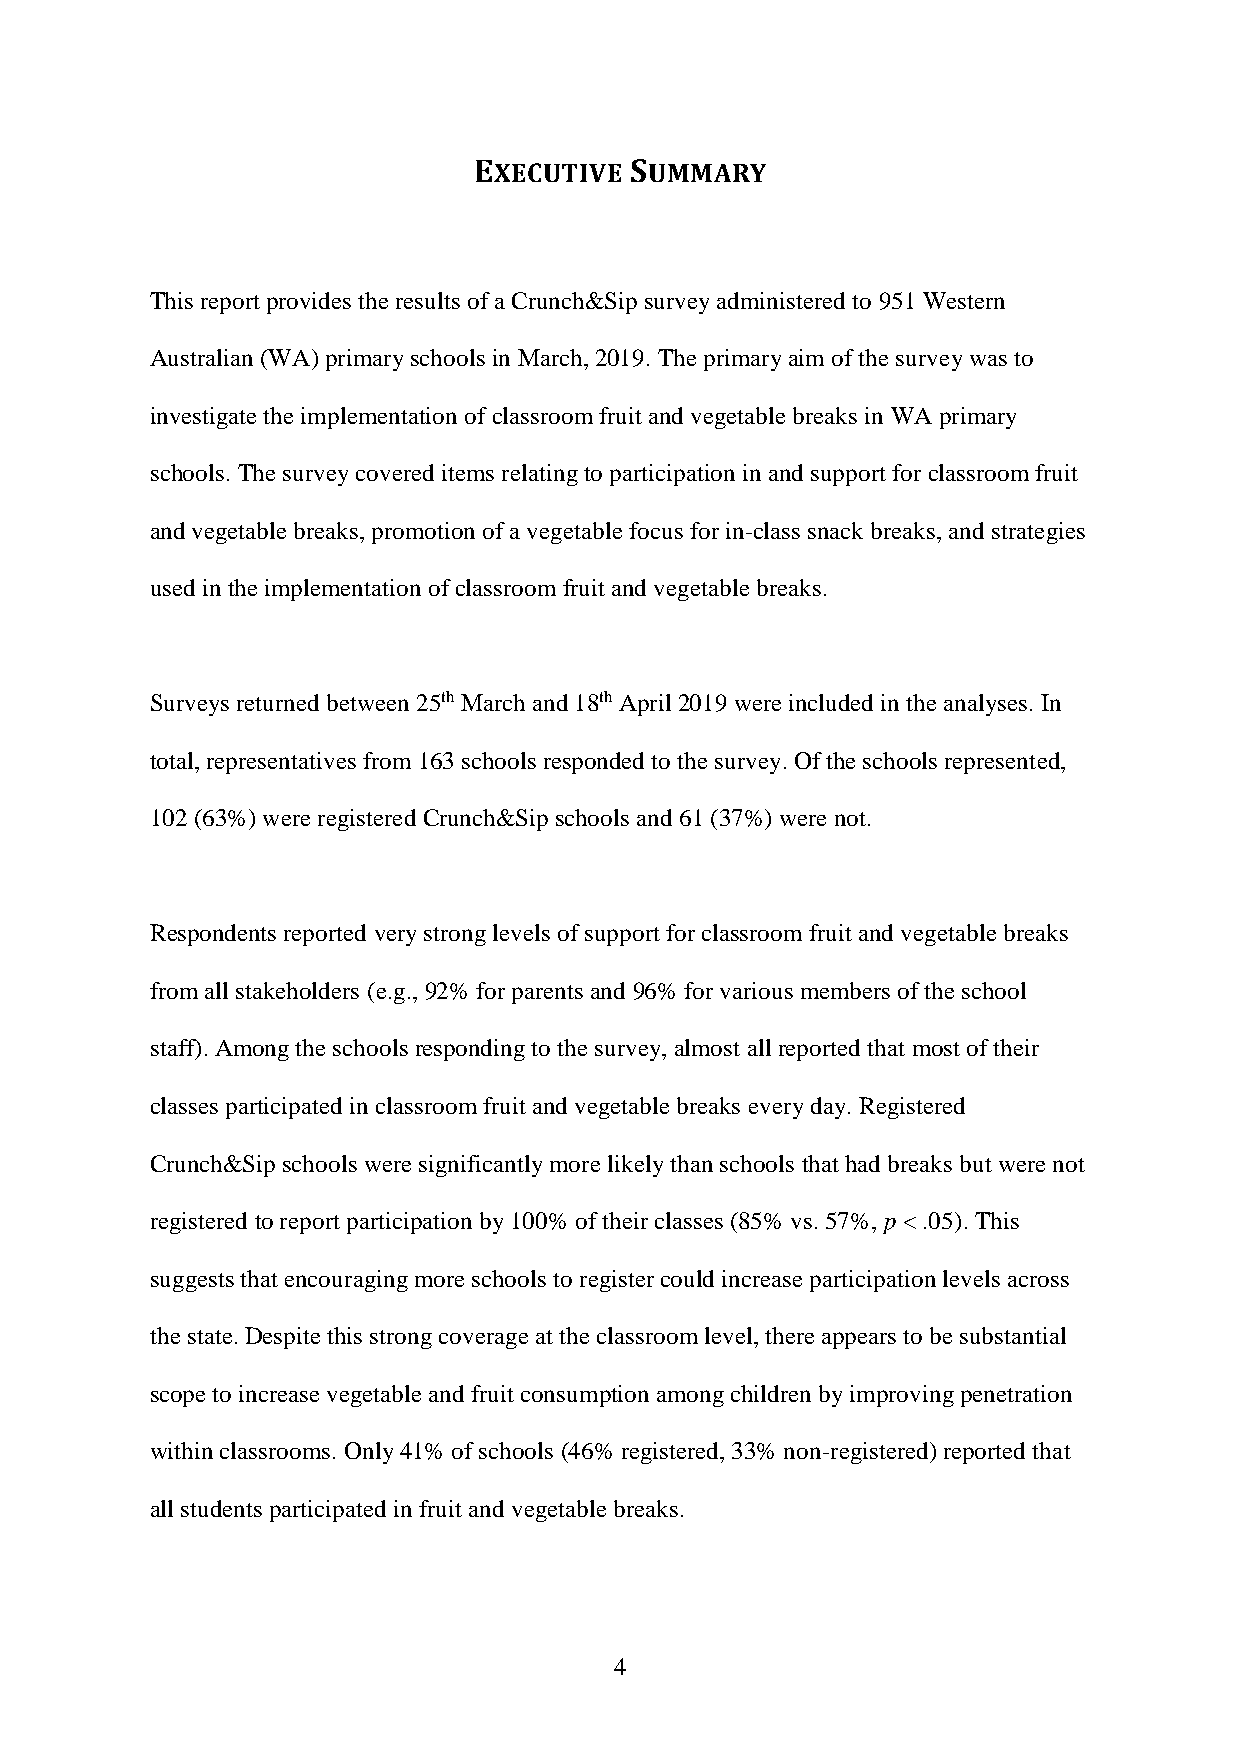
EXECUTIVE  SUMMARY
 This report provides the results of a Crunch&Sip survey administered to 951 Western
 Australian (WA) primary schools in March, 2019. The primary aim of the survey was to
 investigate the implementation of classroom fruit and vegetable breaks in WA primary
 schools. The survey covered items relating to participation in and support for classroom fruit
 and vegetable breaks, promotion of a vegetable focus for in-class snack breaks, and strategies
 used in the implementation of classroom fruit and vegetable breaks.
 Surveys returned between 25th March and 18th April 2019 were included in the analyses. In
 total, representatives from 163 schools responded to the survey. Of the schools represented,
 102 (63%) were registered Crunch&Sip schools and 61 (37%) were not.
 Respondents reported very strong levels of support for classroom fruit and vegetable breaks
 from all stakeholders (e.g., 92% for parents and 96% for various members of the school
 staff). Among the schools responding to the survey, almost all reported that most of their
 classes participated in classroom fruit and vegetable breaks every day. Registered
 Crunch&Sip schools were significantly more likely than schools that had breaks but were not
 registered to report participation by 100% of their classes (85% vs. 57%, p < .05). This
 suggests that encouraging more schools to register could increase participation levels across
 the state. Despite this strong coverage at the classroom level, there appears to be substantial
 scope to increase vegetable and fruit consumption among children by improving penetration
 within classrooms. Only 41% of schools (46% registered, 33% non-registered) reported that
 all students participated in fruit and vegetable breaks.
 4